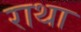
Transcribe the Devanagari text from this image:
राथा